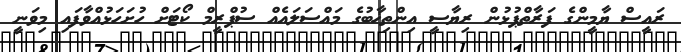
ރައީސް ޔާމީންގެ ފަރާތްޕުޅުން ރިޔާސީ އިންތިޚާބުގެ މައްސަލައެއް ސުޕްރީމް ކޯޓަށް ހުށަހަޅުއްވާފައި މިވަނީ